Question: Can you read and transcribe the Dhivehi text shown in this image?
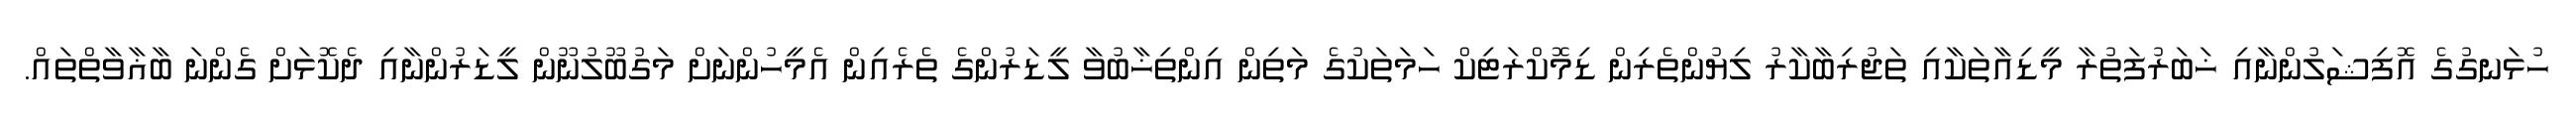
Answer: ހުޅަނގުގެ އޮފިޝަލުންނާއި ޚަބަރުފަތުރާ މީޑިއާތަކާއި ތަޖުރިބާކާރު ލިޔުންތެރިން ޑިމޮކްރަޓިކް ހަމަތަކުގެ މަތިން އިންތިޚާބުވާ ލީޑަރުންގެ ތެރެއިން އެމީހުންނަށް މަގުބޫލުނޫން ލީޑަރުންނާއި ދެކޮޅަށް ގެންނަ ބާޣާވާތްތައް.